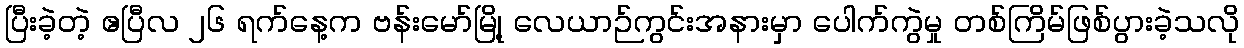
ပြီးခဲ့တဲ့ ဧပြီလ ၂၆ ရက်နေ့က ဗန်းမော်မြို့ လေယာဉ်ကွင်းအနားမှာ ပေါက်ကွဲမှု တစ်ကြိမ်ဖြစ်ပွားခဲ့သလို